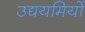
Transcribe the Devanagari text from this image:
उद्ययमियों